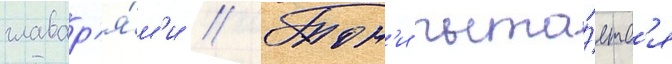
главар'я́м'и // Тон'и пыта́етс'я